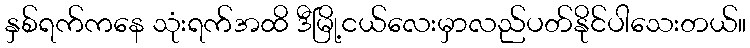
နှစ်ရက်ကနေ သုံးရက်အထိ ဒီမြို့ငယ်လေးမှာလည်ပတ်နိုင်ပါသေးတယ်။